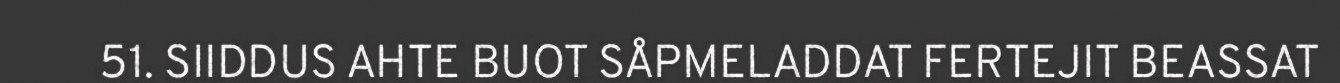
51. SIIDDUS AHTE BUOT SÅPMELADDAT FERTEJIT BEASSAT